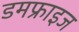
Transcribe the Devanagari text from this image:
डमफ्राइज